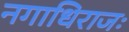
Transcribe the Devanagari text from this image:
नगाधिराजः